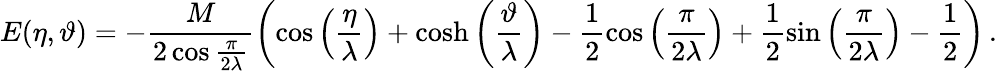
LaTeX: E(\eta,\vartheta)=-\frac{M}{2\cos\frac{\pi}{2\lambda}}\left(\cos\left(\frac{\eta}{\lambda}\right)+\cosh\left(\frac{\vartheta}{\lambda}\right)-\frac{1}{2}\cos\left(\frac{\pi}{2\lambda}\right)+\frac{1}{2}\sin\left(\frac{\pi}{2\lambda}\right)-\frac{1}{2}\right)\, .